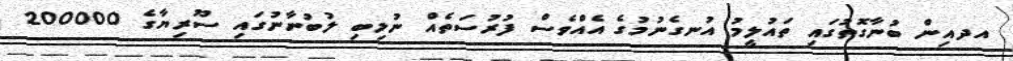
އދއިން ބުނާގޮތުގައި ތައުލީމު އުނގެނުމުގެ އެއްވެސް ފުރުސަތެއް ނުލިބި ލުބުނާނުގައި ސޫރިޔާގެ 200000